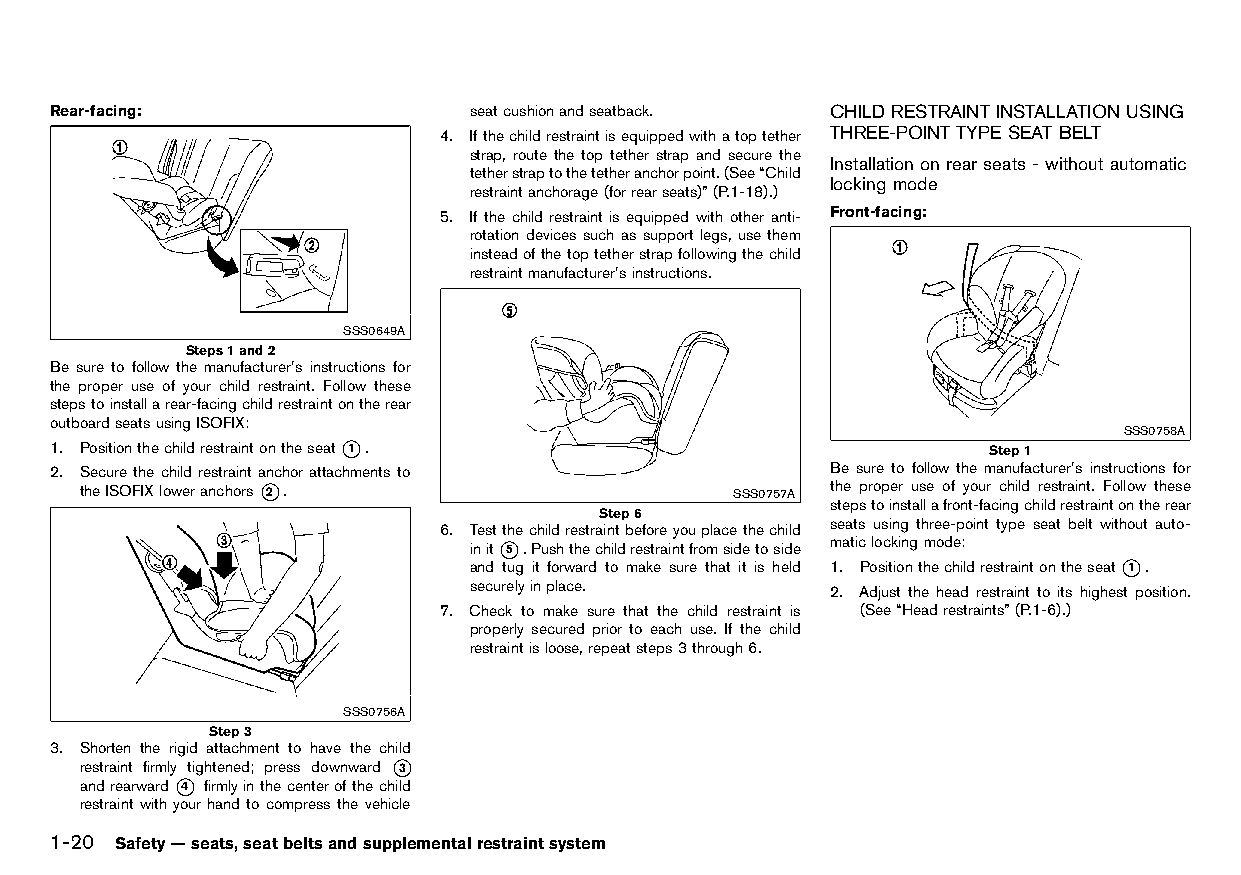
(46,1)
 Rear-facing:                seatcushionandseatback. CHILDRESTRAINT INSTALLATIONUSING
 HT32A1-22018305-9BAB-4201-B6FC-C08EB94AEAE0
 4. Ifthechildrestraintisequippedwithatoptether THREE-POINT TYPESEAT BELT
 HT32A1-A9515302-9112-4FC5-83E2-EA3AC508586D
 strap, route the top tether strap and secure the
 Installation on rear seats -withoutautomatic
 tetherstraptothetetheranchorpoint.(See“Child
 lockingmode
 restraintanchorage(forrearseats)”(P.1-18).) HT32A1-96EF54C8-3581-4C46-8949-7876F5EB6CBB
 5. If the child restraint is equipped with other anti- Front-facing:
 HT32A1-22018305-9BAB-4201-B6FC-C08EB94AEAE0
 rotation devices such as support legs, use them
 insteadofthetoptetherstrapfollowingthechild
 restraintmanufacturer’sinstructions.
 SSS0649A
 Steps1and2
 Be sure to follow the manufacturer’s instructions for
 the proper use of your child restraint. Follow these
 stepstoinstallarear-facingchildrestraintontherear
 outboardseatsusingISOFIX:
 SSS0758A
 1. Positionthechildrestraintontheseat*1 .                     Step1
 2. Secure the child restraint anchor attachments to Be sure to follow the manufacturer’s instructions for
 theISOFIXloweranchors*2 .                  SSS0757A the proper use of your child restraint. Follow these
 stepstoinstallafront-facingchildrestraintontherear
 Step6
 6. Testthechildrestraintbeforeyouplacethechild seats using three-point type seat belt without auto-
 init*5 .Pushthechildrestraintfromsidetoside maticlockingmode:
 and tug it forward to make sure that it is held 1. Positionthechildrestraintontheseat*1 .
 securelyinplace.        2. Adjust the head restraint to its highest position.
 7. Check to make sure that the child restraint is (See“Headrestraints”(P.1-6).)
 properly secured prior to each use. If the child
 restraintisloose,repeatsteps3through6.
 SSS0756A
 Step3
 3. Shorten the rigid attachment to have the child
 restraint firmly tightened; press downward *3
 andrearward*4 firmlyinthecenterofthechild
 restraint with your hand to compress the vehicle
 1-20 Safety—seats,seatbeltsandsupplementalrestraintsystem
 Condition:                        [Edit:2015/8/24 Model: HT32-A]